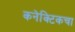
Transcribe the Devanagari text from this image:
कनेक्टिकचा